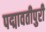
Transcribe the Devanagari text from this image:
पद्मावतीपुरी